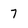
Character: 7